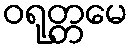
ဝရုတ္တမေ